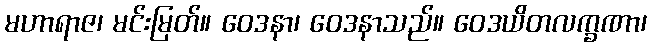
မဟာရာဇ၊ မင်းမြတ်။ ဝေဒနာ၊ ဝေဒနာသည်။ ဝေဒယိတလက္ခဏာ၊